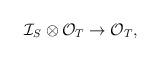
LaTeX: \begin{align*}\mathcal{I}_S\otimes\mathcal{O}_T\to \mathcal{O}_T,\end{align*}